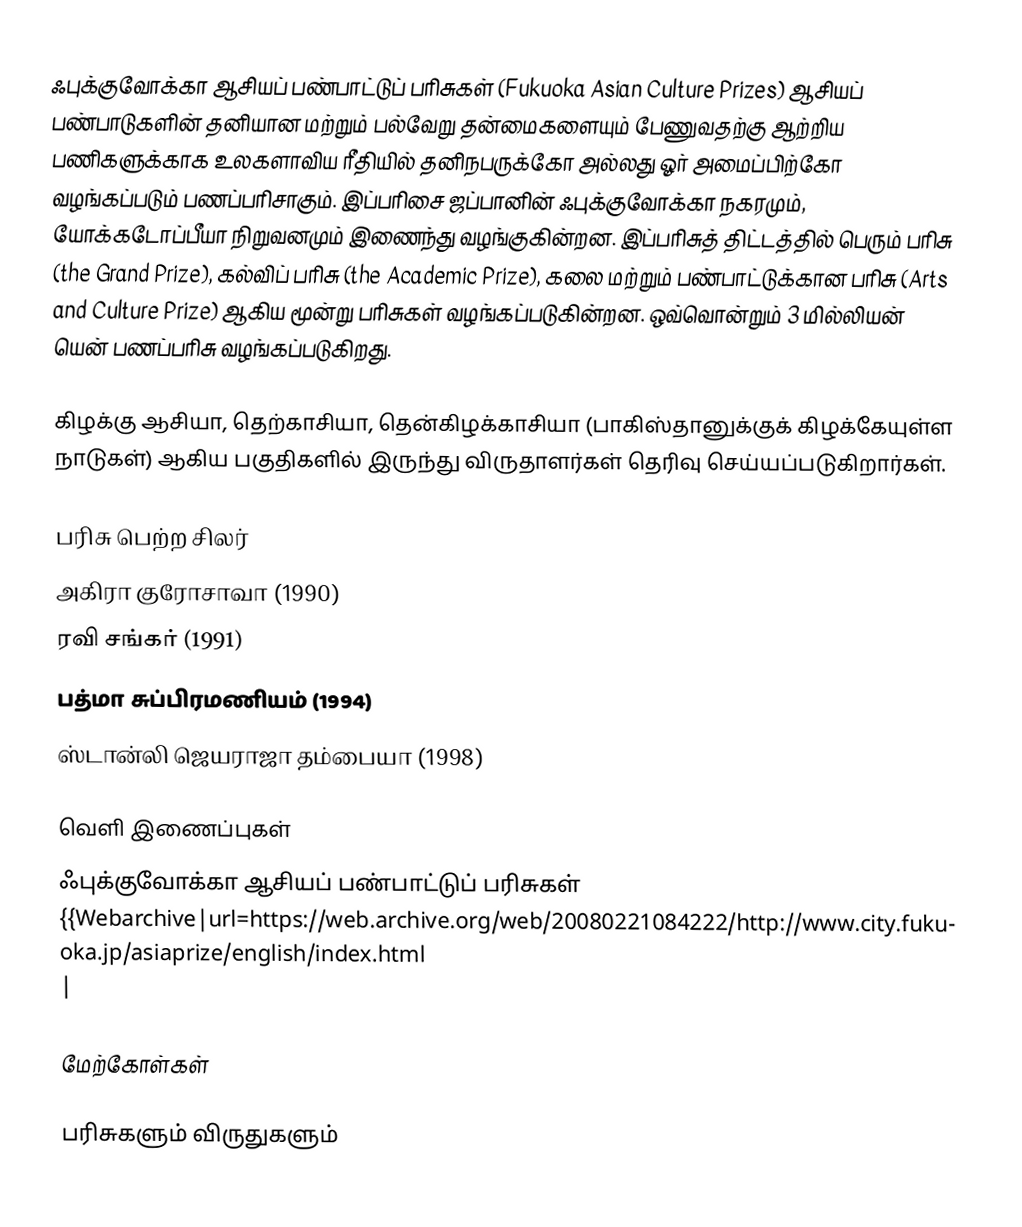
ஃபுக்குவோக்கா ஆசியப் பண்பாட்டுப் பரிசுகள் (Fukuoka Asian Culture Prizes) ஆசியப் பண்பாடுகளின் தனியான மற்றும் பல்வேறு தன்மைகளையும் பேணுவதற்கு ஆற்றிய பணிகளுக்காக உலகளாவிய ரீதியில் தனிநபருக்கோ அல்லது ஓர் அமைப்பிற்கோ வழங்கப்படும் பணப்பரிசாகும். இப்பரிசை ஜப்பானின் ஃபுக்குவோக்கா நகரமும், யோக்கடோப்பீயா நிறுவனமும் இணைந்து வழங்குகின்றன. இப்பரிசுத் திட்டத்தில் பெரும் பரிசு (the Grand Prize), கல்விப் பரிசு (the Academic Prize), கலை மற்றும் பண்பாட்டுக்கான பரிசு (Arts and Culture Prize) ஆகிய மூன்று பரிசுகள் வழங்கப்படுகின்றன. ஒவ்வொன்றும் 3 மில்லியன் யென் பணப்பரிசு வழங்கப்படுகிறது.

கிழக்கு ஆசியா, தெற்காசியா, தென்கிழக்காசியா (பாகிஸ்தானுக்குக் கிழக்கேயுள்ள நாடுகள்) ஆகிய பகுதிகளில் இருந்து விருதாளர்கள் தெரிவு செய்யப்படுகிறார்கள்.

பரிசு பெற்ற சிலர்
 அகிரா குரோசாவா (1990)
 ரவி சங்கர் (1991)
 பத்மா சுப்பிரமணியம் (1994)
 ஸ்டான்லி ஜெயராஜா தம்பையா (1998)

வெளி இணைப்புகள்
ஃபுக்குவோக்கா ஆசியப் பண்பாட்டுப் பரிசுகள் {{Webarchive|url=https://web.archive.org/web/20080221084222/http://www.city.fukuoka.jp/asiaprize/english/index.html |

மேற்கோள்கள்

பரிசுகளும் விருதுகளும்